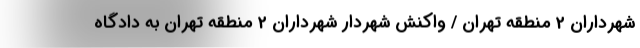
شهرداران 2 منطقه تهران / واکنش شهردار شهرداران 2 منطقه تهران به دادگاه